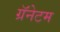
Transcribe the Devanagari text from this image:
ग्रॅनेटम